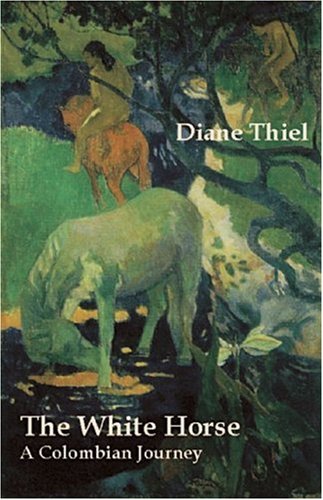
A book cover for The White Horse: A Colombian Journey; Diane Thiel; Travel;